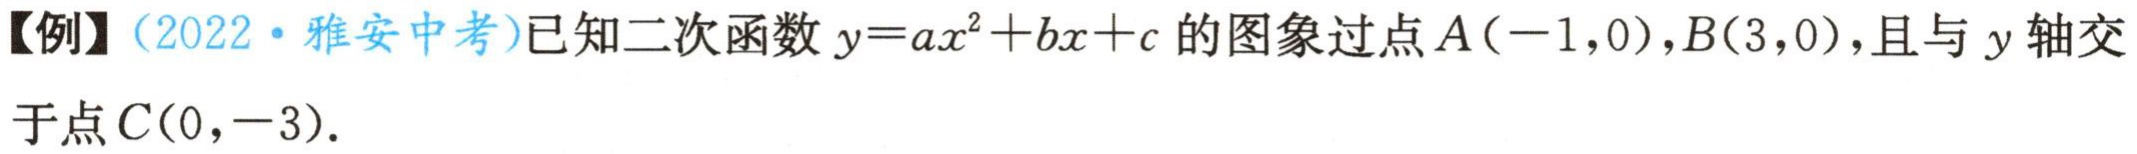
【例】(2022·雅安中考)已知二次函数\(y = ax^{2}+bx + c\)的图象过点\(A(-1,0)\),\(B(3,0)\),且与\(y\)轴交于点\(C(0,-3)\).